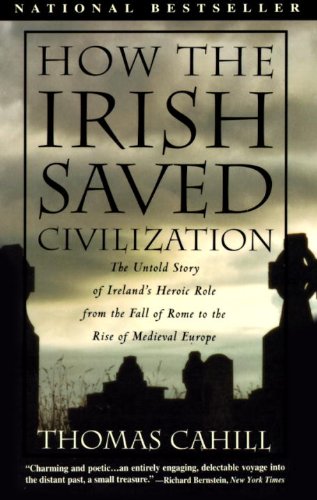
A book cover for How the Irish Saved Civilization: The Untold Story of Ireland's Heroic Role From the Fall of Rome to the Rise of Medieval Europe (The Hinges of History); Thomas Cahill; Politics & Social Sciences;